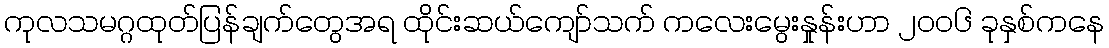
ကုလသမဂ္ဂထုတ်ပြန်ချက်တွေအရ ထိုင်းဆယ်ကျော်သက် ကလေးမွေးနှုန်းဟာ ၂၀၀၆ ခုနှစ်ကနေ